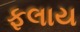
ફલાય